Annual report of lunatic asylums [Bombay] - 1912-1922
Year: 1912
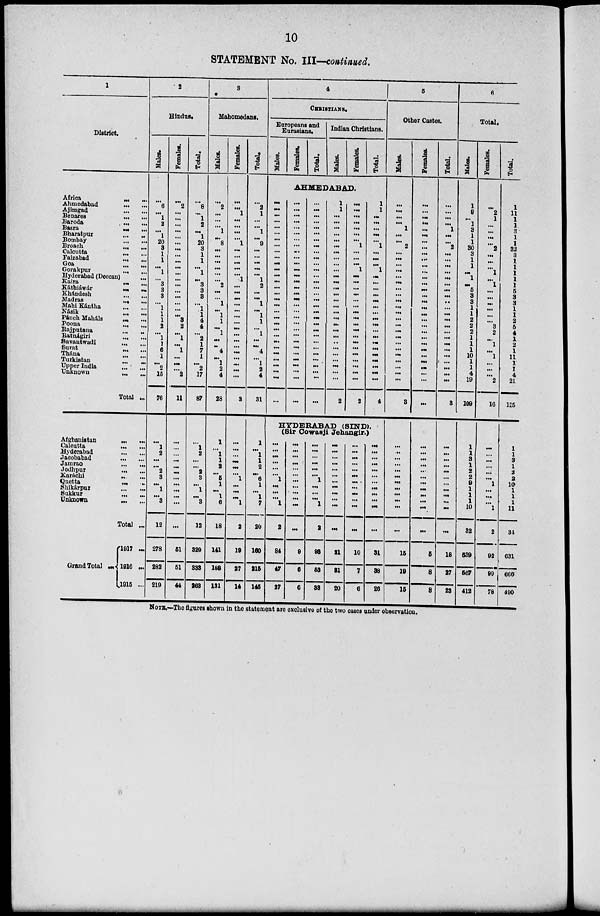
10
STATEMENT No. III—continued.
1
District.
Africa
...
...
Ahmedabad ... ...
Ajimgad
...
...
Benares
...
...
Baroda
...
...
Basra
...
...
Bharatpur
... ...
Bombay
...
...
Broach
...
...
Calcutta
...
...
Faizabad ... ...
Goa
... ...
Gorakpnr...
...
Hyderabad (Deccan)...
Kaira
...
...
Káthiáwár
...
...
Khándesh ... ...
Madras
...
...
Mahi Kántha
...
...
Násik
...
...
Pánch Maháls
...
...
Poona
...
...
Rajputana
...
...
Ratnágiri
...
...
Savantwadi
...
...
Surat
...
...
Thána
...
...
Turkistan ... ...
Upper India
...
...
Unknown
...
...
Total ...
Afghanistan ... ...
Calcutta ... ...
Hyderabad
...
...
Jacobabad
...
...
Jamrao ... ...
Jodhpur ... ...
Karáchi ... ...
Quetta ... ...
Shikárpur ... ...
Sukkur
...
...
Unknown
...
...
Total ...
Grand Total ...
1917 ...
1916 ...
l915 ...
2
Hindus.
Males.
...
6
...
1
2
...
1
20
3 1
1
...
1
...
3
3
3
...
1
1
1
2
...
1
1
6
1
...
2
15
76
...
1
2
...
...
2
3
...
1
...
3
12
278
282
219
Females.
...
2
...
...
...
...
...
...
...
...
...
...
...
...
...
...
...
...
...
...
3
2
...
1
...
1
...
...
...
2
11
...
...
...
...
...
...
...
...
...
...
...
...
51
51
44
Total.
...
8
...
1
2
...
1
20
3
1
1
...
1
...
3
3
3
... 1
1
4
4
...
2
1
7
1
...
2
17
87
...
1
2
...
...
2
3
...
1
...
3
12
329
333
263
3
Mahomedans.
Males.
...
2
...
...
...
1
...
8
...
...
...
...
...
...
2
...
...
1
...
1
1
...
1
...
...
4
...
1
2
4
28
1
...
1
1
2
...
5
1
...
1
6
18
141
188
131
Females.
...
...
1
...
...
...
...
1
...
...
...
...
...
1
...
...
...
...
...
...
...
...
...
...
...
...
...
...
...
...
3
...
...
...
...
...
...
1
...
...
...
1
2
19
27
14
Total.
...
2
1
...
...
1
...
9
...
...
...
...
...
1
2
...
...
1
...
1
1
...
1
...
...
4
...
1
2
4
31
1
...
1
1
2
...
6
1
...
1
7
20
160
215
145
4
CHRISTIANS.
Europeans and
Eurasians.
Males.
Females.
Total.
Indian Christians.
Males.
Females.
Total.
AHMEDABAD.
...
...
...
...
...
...
...
...
...
...
...
...
...
...
...
...
...
...
...
...
...
...
...
...
...
...
...
...
...
...
...
...
...
...
...
...
...
...
...
...
...
...
...
...
...
...
...
...
...
...
...
...
...
...
...
...
...
...
...
...
...
...
...
...
...
...
...
...
...
...
...
...
...
...
...
...
...
...
...
...
...
...
...
...
...
...
...
...
...
...
...
...
...
1
1
...
...
...
...
...
...
...
...
...
...
...
...
...
...
...
...
...
...
...
...
...
...
...
...
...
...
...
...
2
...
...
...
...
...
...
...
1
...
...
...
1
...
...
...
...
...
...
...
...
...
...
...
...
...
...
...
...
...
...
2
1
1
...
...
...
...
...
1
...
...
...
1
...
...
...
...
...
...
...
...
...
...
...
...
...
...
...
...
...
...
4
HYDERABAD (SIND).
(Sir Cowasji Jehangir.)
...
...
...
...
...
...
1
...
...
...
1
2
84
47
27
...
...
...
...
...
...
...
...
...
...
...
...
9
6
6
...
...
...
...
...
...
1
...
...
...
1
2
93
53
33
...
...
...
...
...
...
...
...
...
...
...
...
21
31
20
...
...
...
...
...
...
...
...
...
...
...
...
10
7
6
...
...
...
...
...
...
...
...
...
...
...
...
31
38
26
5
Other Castes.
Males.
...
...
...
...
1
...
...
2
...
...
...
...
...
...
...
...
...
...
...
...
...
... ...
...
...
...
...
...
...
...
3
...
...
...
...
...
...
...
...
...
...
...
...
16
19
15
Females.
...
...
...
...
...
...
...
...
...
...
...
...
...
...
...
...
...
...
...
...
...
... ...
...
...
...
...
...
...
...
...
...
...
...
... ...
...
...
...
...
... ...
...
5
8
8
Total.
...
...
...
...
1
...
...
2
...
...
...
...
...
...
...
...
...
...
...
...
...
...
...
...
...
...
...
...
...
...
3
...
...
...
...
...
...
...
...
...
... ...
...
18
27
23
6
Total.
Males.
1
9
...
1
3
1
1
30
3
1
1
...
1
...
5
3
3
1
1
2
2
2
1
1
1
10
1
1
4
19
109
1
1
3
1
2
2
9
1
1
1
10
32
539
567
412
Females.
...
2
1
...
...
...
...
2
...
...
...
1
...
1
...
...
...
...
...
...
3
2
...
1
...
1
...
...
...
2
16
...
...
...
...
...
...
1
...
...
...
1
2
92
99
78
Total.
1
11
1
1
3
1
1
32
3
1
1
1
1
1
5
3
3
1
1
2
5
4
1
2
1
11
1
1
4
21
125
1
1
3
1
2 2
10
1
1
1
11
34
631
666
490
NOTE.—The figures shown in the statement are exclusive of the two cases under observation.